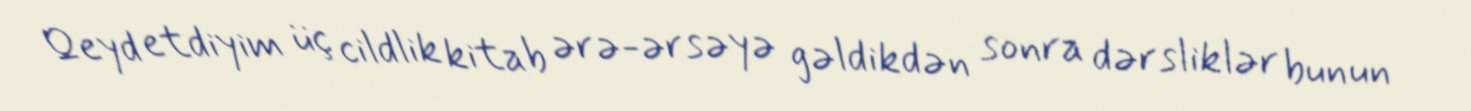
Qeyd etdiyim üç cildlik kitab ərə-ərsəyə gəldikdən sonra dərsliklər bunun